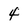
Character: 4